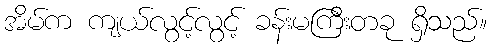
အိမ်က ကျယ်လွင့်လွင့် ခန်းမကြီးတခု ရှိသည်။